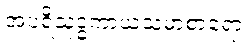
အပရိသုဒ္ဓကာယသမာစာရော